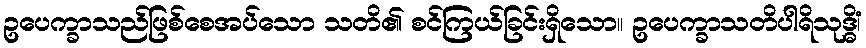
ဥပေက္ခာသည်ဖြစ်စေအပ်သော သတိ၏ စင်ကြယ်ခြင်းရှိသော။ ဥပေက္ခာသတိပါရိသုဒ္ဓိံ၊